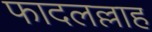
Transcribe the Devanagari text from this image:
फादलल्लाह